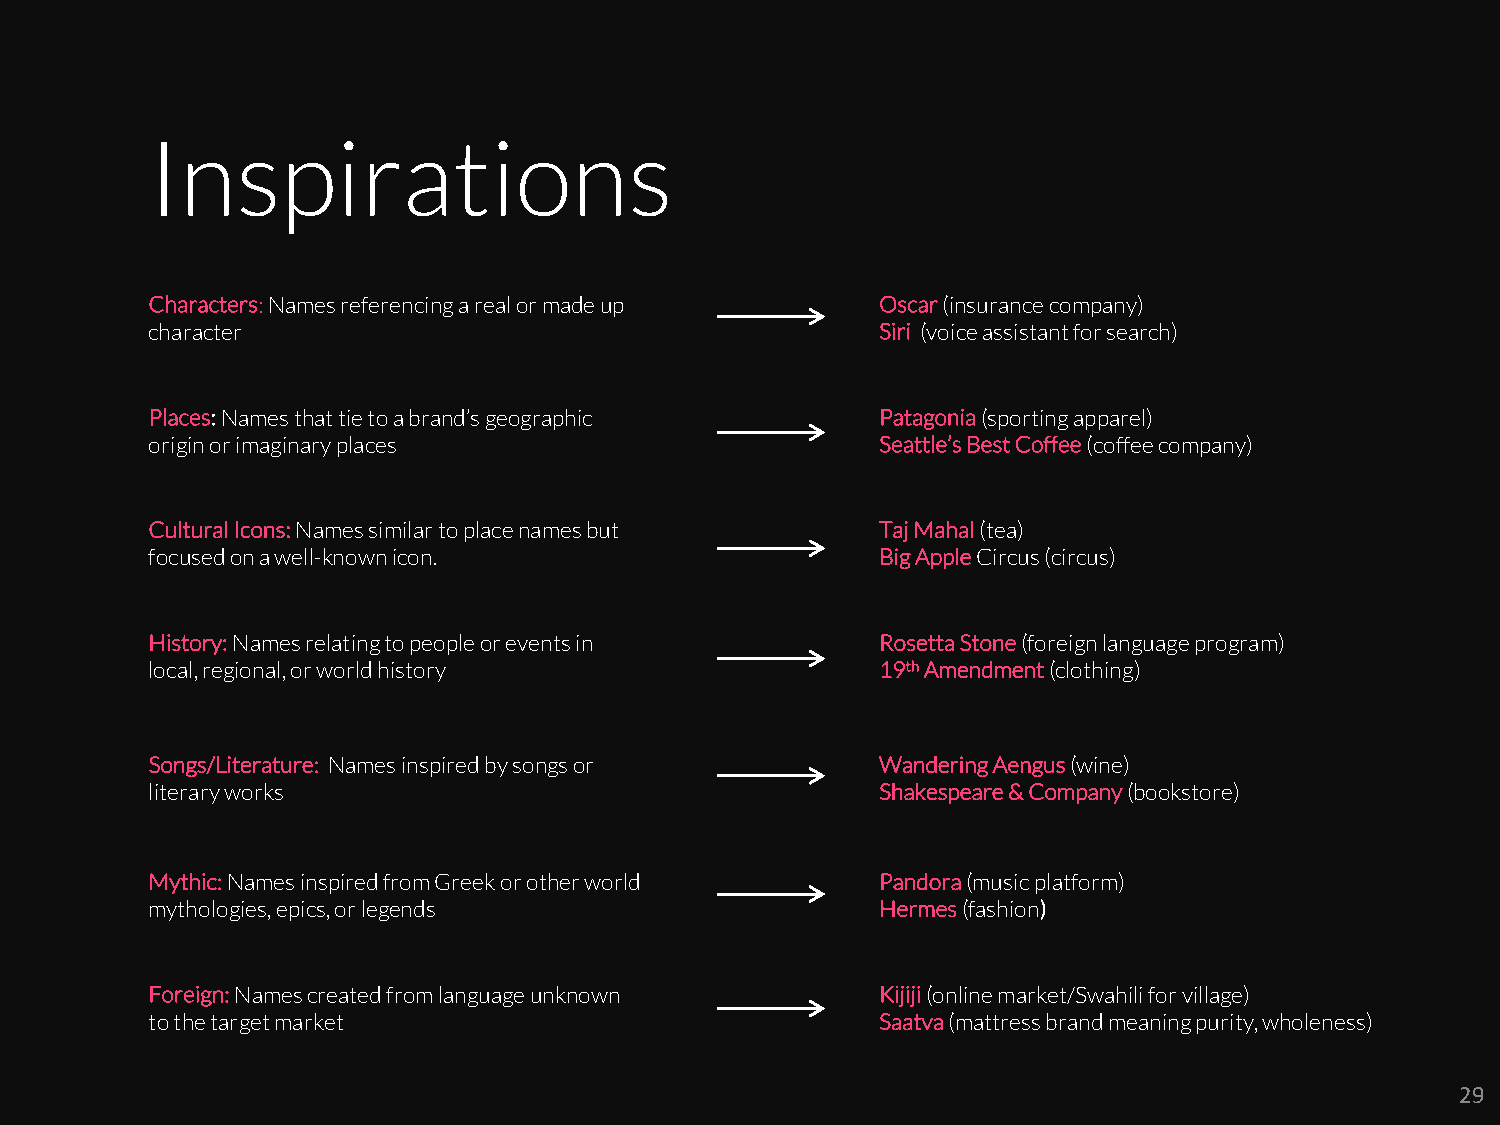
Inspirations
 Characters: Names referencing a real or made up Oscar(insurance company)
 character                                       Siri (voice assistant for search)
 Places: Names that tie to a brand’s geographic  Patagonia(sporting apparel)
 origin or imaginary places                      Seattle’s Best Coffee (coffee company)
 Cultural Icons: Names similar to place names but Taj Mahal (tea)
 focused on a well-known icon.                   Big Apple Circus (circus)
 History: Names relating to people or events in  Rosetta Stone (foreign language program)
 local, regional, or world history               19thAmendment (clothing)
 Songs/Literature: Names inspired by songs or    Wandering Aengus (wine)
 literary works                                  Shakespeare & Company (bookstore)
 Mythic: Names inspired from Greek or other world Pandora(music platform)
 mythologies, epics, or legends                  Hermes(fashion)
 Foreign: Names created from language unknown    Kijiji(online market/Swahili for village)
 to the target market                            Saatva(mattress brand meaning purity, wholeness)
 29